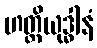
ဟတ္ထိယုဒ္ဓါနံ